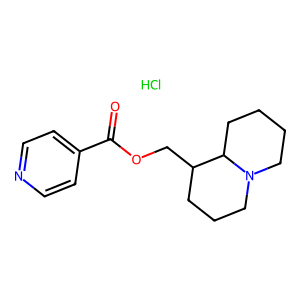
SMILES: Cl.O=C(OCC1CCCN2CCCCC12)c1ccncc1
Inhibits HIV replication: No